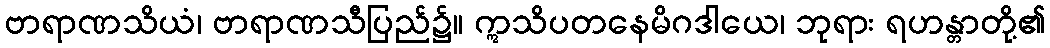
ဗာရာဏသိယံ၊ ဗာရာဏသီပြည်၌။ ဣသိပတနေမိဂဒါယေ၊ ဘုရား ရဟန္တာတို့၏